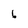
Character: 6